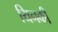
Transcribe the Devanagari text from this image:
यिनकी